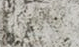
بالسيارة